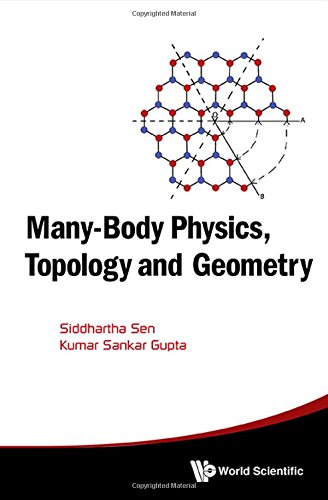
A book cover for Many-body Physics, Topology and Geometry; Siddhartha Sen; Science & Math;